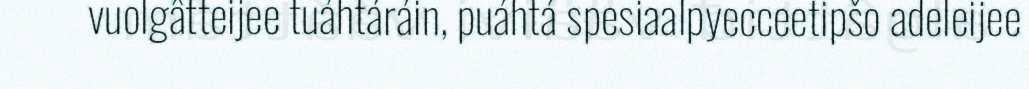
vuolgâtteijee tuáhtáráin, puáhtá spesiaalpyecceetipšo adeleijee